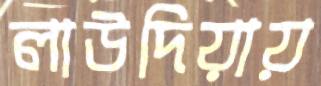
লাউদিয়ায়